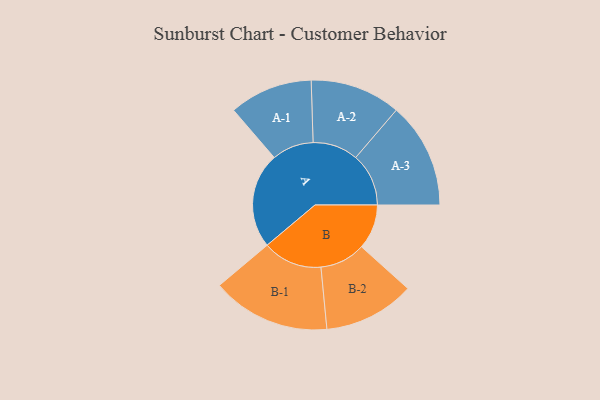
{"axis": {"x": "Segment", "y": "Value"}, "legend": ["", "A", "B"], "data": [{"x": "A", "y": 443, "type": ""}, {"x": "B", "y": 208, "type": ""}, {"x": "A-1", "y": 193, "type": "A"}, {"x": "A-2", "y": 210, "type": "A"}, {"x": "A-3", "y": 245, "type": "A"}, {"x": "B-1", "y": 275, "type": "B"}, {"x": "B-2", "y": 211, "type": "B"}]}